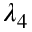
\lambda _ { 4 }